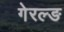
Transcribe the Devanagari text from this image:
गेरल्ङ